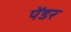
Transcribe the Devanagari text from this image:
पेंडर